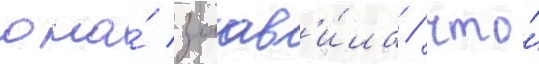
она́ заав'и́ла / что́